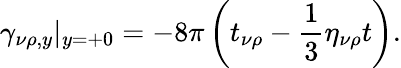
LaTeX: \gamma_{\nu\rho,y}|_{y=+0}=-8\pi\left(t_{\nu\rho}-\frac 13\eta_{\nu\rho}t\right).